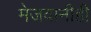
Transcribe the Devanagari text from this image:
मेजवानीही